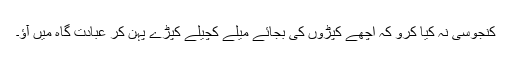
کنجوسی نہ کیا کرو کہ اچھے کپڑوں کی بجائے میلے کچیلے کپڑے پہن کر عبادت گاہ میں آؤ۔